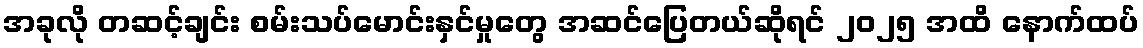
အခုလို တဆင့်ချင်း စမ်းသပ်မောင်းနှင်မှုတွေ အဆင်ပြေတယ်ဆိုရင် ၂၀၂၅ အထိ နောက်ထပ်